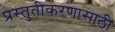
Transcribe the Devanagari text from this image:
प्रस्तुतीकरणासाठी